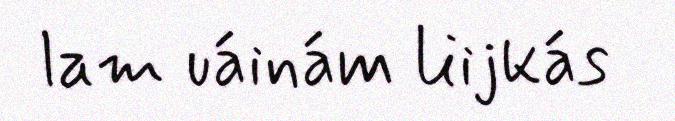
lam uáinám liijkás